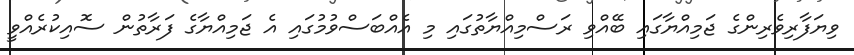
ވިޔަފާރިވެރިންގެ ޖަމިއްޔާގައި ބޭއްވި ރަސްމިއްޔާތުގައި މި އެއްބަސްވުމުގައި އެ ޖަމިއްޔާގެ ފަރާތުން ސޮއިކުރެއްވީ